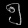
Digit: ၅